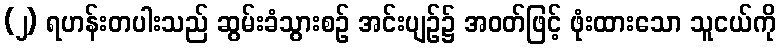
(၂) ရဟန်းတပါးသည် ဆွမ်းခံသွားစဉ် အင်းပျဉ်၌ အဝတ်ဖြင့် ဖုံးထားသော သူငယ်ကို